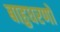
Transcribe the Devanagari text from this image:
बाहुधरणों